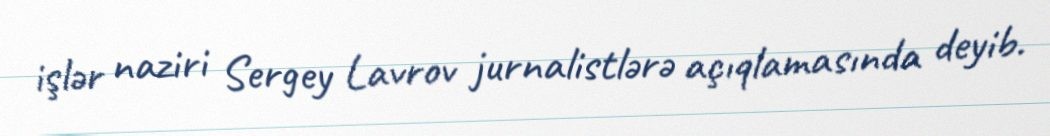
işlər naziri Sergey Lavrov jurnalistlərə açıqlamasında deyib.